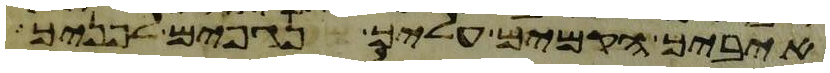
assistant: איביך הקמים עליך נגפים לפניך